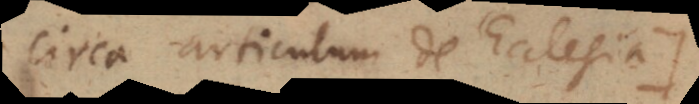
circa articulum de Ecclesia.